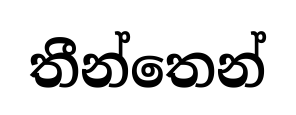
තීන්තෙන්